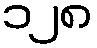
၁၂၈